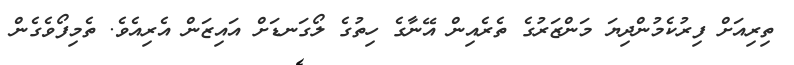
ތިރިއަށް ފިރުކެމުންދިޔަ މަންޒަރުގެ ތެރެއިން އޭނާގެ ހިތުގެ ލޯގަނޑަށް އައިޒަން އެރިއެވެ. ތެމިފޯވެގެން